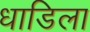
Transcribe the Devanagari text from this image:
धाडिला